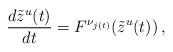
LaTeX: \begin{align*} \frac{d\tilde{z}^u(t)}{dt} = F^{\nu_{j(t)}}(\tilde{z}^u(t)) \,, \end{align*}